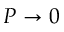
P \to 0